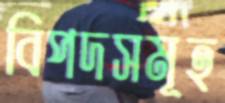
বিপদসমূহ